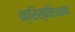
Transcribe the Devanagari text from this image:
क्रिस्तिआन